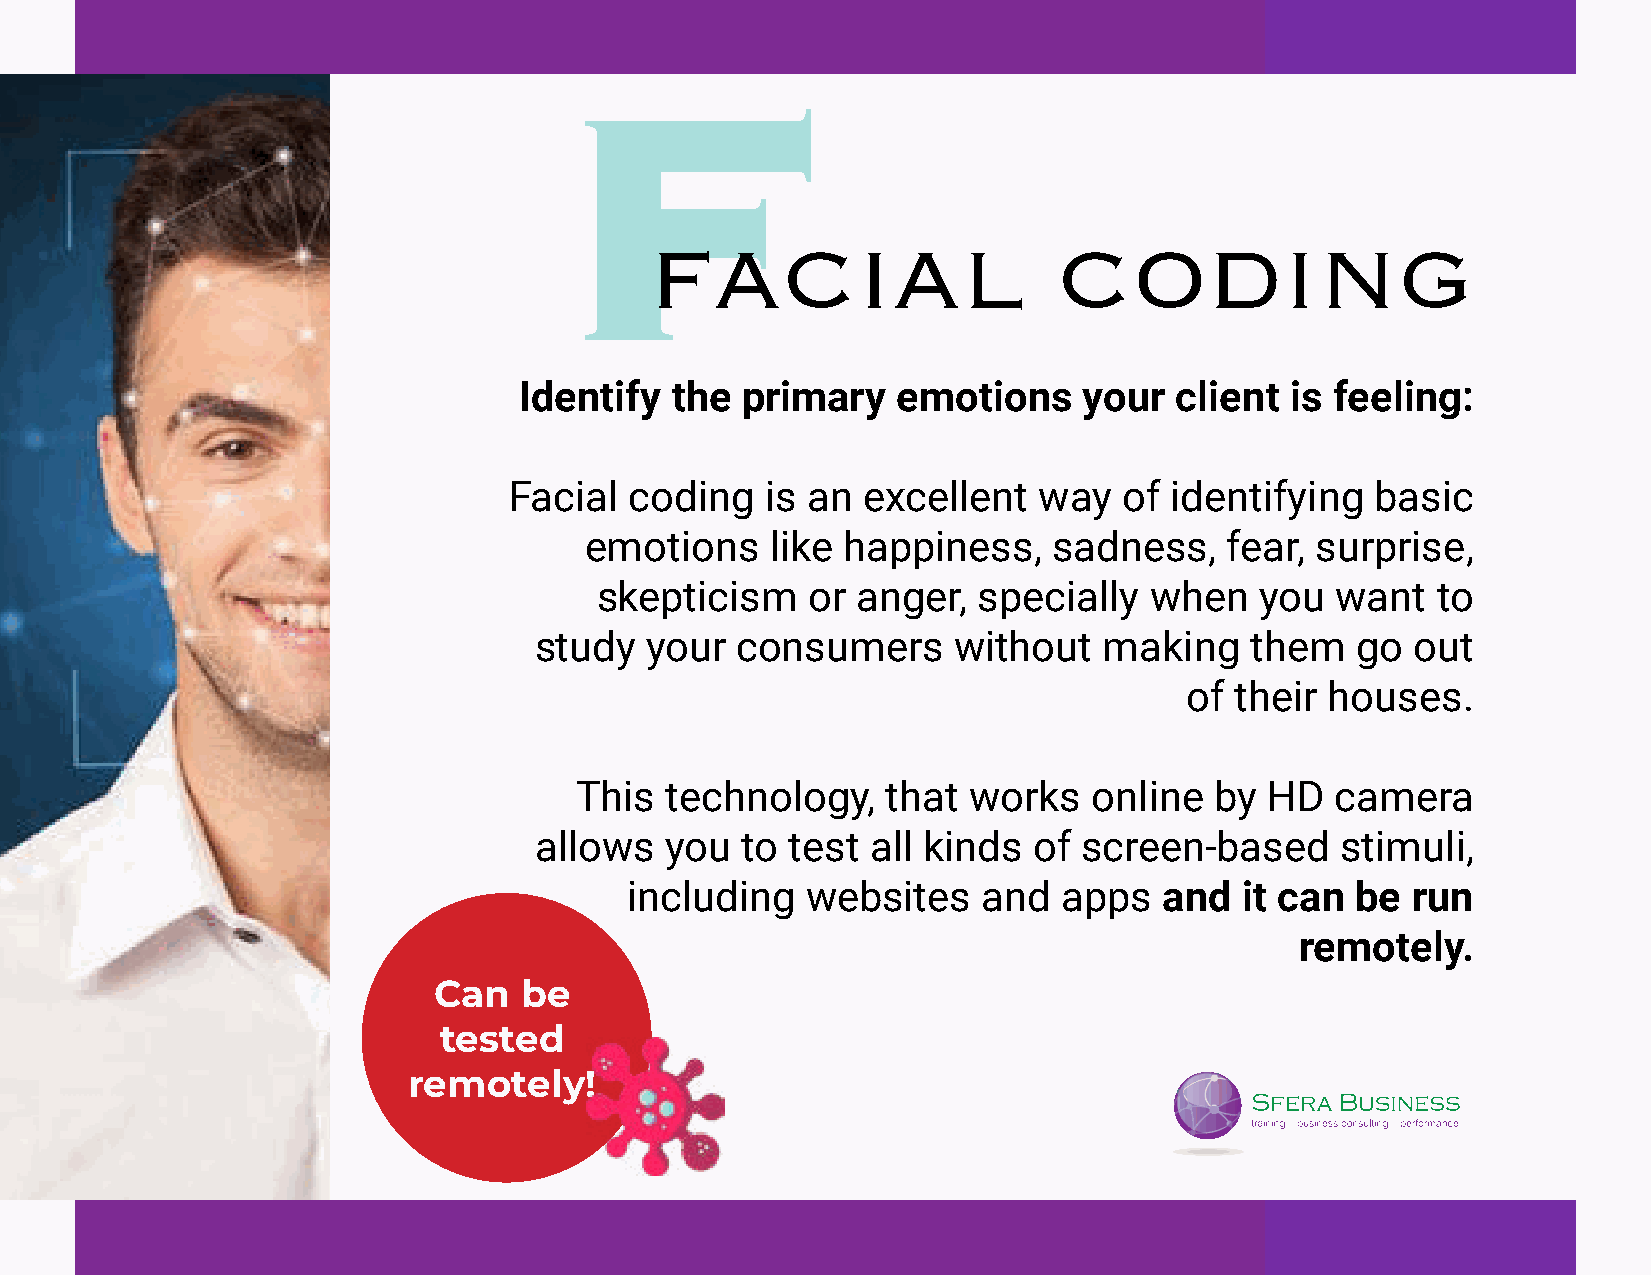
FACIAL                     CODING
 Identify  the  primary   emotions     your  client is feeling:
 Facial  coding   is an excellent   way  of identifying   basic
 emotions    like happiness,    sadness,   fear, surprise,
 skepticism    or  anger,  specially  when   you  want   to
 study   your  consumers     without   making    them   go  out
 of  their houses.
 This  technology,    that works   online  by  HD  camera
 allows   you  to test  all kinds of  screen-based     stimuli,
 including  websites    and  apps   and  it can  be run
 remotely.
 Can  be
 tested
 remotely!